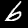
Label: 6